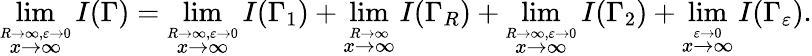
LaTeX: \operatorname*{lim}_{\stackrel{R\to\infty,\varepsilon\to 0}{x\to\infty}}I(\Gamma)=\operatorname*{lim}_{\stackrel{R\to\infty,\varepsilon\to 0}{x\to\infty}}I(\Gamma_{1})+\operatorname*{lim}_{\stackrel{R\to\infty}{x\to\infty}}I(\Gamma_{R})+\operatorname*{lim}_{\stackrel{R\to\infty,\varepsilon\to 0}{x\to\infty}}I(\Gamma_{2})+\operatorname*{lim}_{\stackrel{\varepsilon\to 0}{x\to\infty}}I(\Gamma_{\varepsilon}).